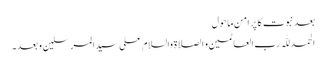
بعد نبوت کا پر امن ماحول
الحمد للّٰہ رب العالمین و الصلاۃ والسلام علی سیدالمرسلین و بعد۔